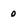
Character: 0